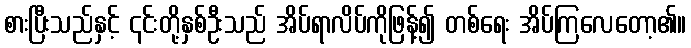
စားပြီးသည်နှင့် ၎င်းတို့နှစ်ဦးသည် အိပ်ရာလိပ်ကိုဖြန့်၍ တစ်ရေး အိပ်ကြလေတော့၏။